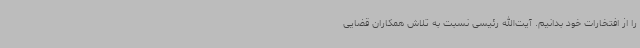
را از افتخارات خود بدانیم. آیت‌الله رئیسی نسبت به تلاش همکاران قضایی